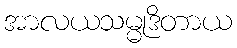
အာလယသမ္မုဒိတာယ